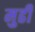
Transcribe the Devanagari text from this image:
मुढी